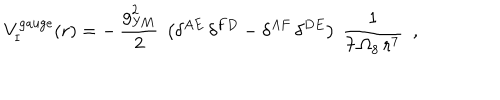
{ V } _ { \mathrm { I } } ^ { \mathrm { g a u g e } } ( r ) = - \, \frac { g _ { \mathrm { Y M } } ^ { 2 } } { 2 } ~ \left( \delta ^ { A E } \, \delta ^ { F D } - \delta ^ { A F } \, \delta ^ { D E } \right) ~ \frac { 1 } { 7 \, \Omega _ { 8 } \, r ^ { 7 } } ~ ~ ,